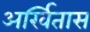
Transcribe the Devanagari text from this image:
अर्खितास